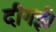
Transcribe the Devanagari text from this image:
दीगई।